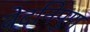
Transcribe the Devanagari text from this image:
वेदनिपुण